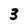
Character: 3